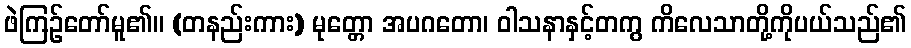
ဖဲကြဉ်တော်မူ၏။ (တနည်းကား) မုတ္တော အပဂတော၊ ဝါသနာနှင့်တကွ ကိလေသာတို့ကိုပယ်သည်၏